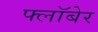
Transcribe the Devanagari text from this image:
फ्लॉबेर